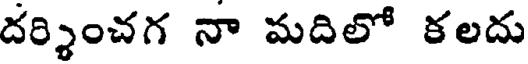
దర్శించగ నా మదిలో కలదు